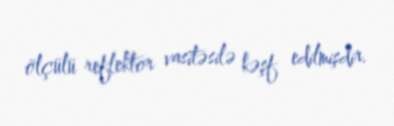
ölçülü reflektor vasitəsilə kəşf edilmişdir.